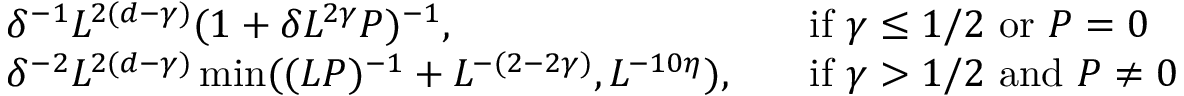
\begin{array} { r l r l } & { \delta ^ { - 1 } L ^ { 2 ( d - \gamma ) } ( 1 + \delta L ^ { 2 \gamma } P ) ^ { - 1 } , } & & { \mathrm { i f } \, \, \gamma \leq 1 / 2 \, \, \mathrm { o r } \, \, P = 0 } \\ & { \delta ^ { - 2 } L ^ { 2 ( d - \gamma ) } \operatorname* { m i n } ( ( L P ) ^ { - 1 } + L ^ { - ( 2 - 2 \gamma ) } , L ^ { - 1 0 \eta } ) , } & & { \mathrm { i f } \, \, \gamma > 1 / 2 \, \, \mathrm { a n d } \, \, P \neq 0 } \end{array}